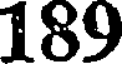
189